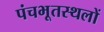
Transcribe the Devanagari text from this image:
पंचभूतस्थलों